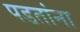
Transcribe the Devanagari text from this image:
पडतांना